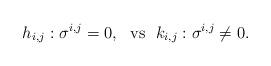
LaTeX: \begin{align*}h_{i, j}:\sigma^{i,j}=0, \ \mbox{ vs } \ k_{i, j}:\sigma^{i,j}\neq 0.\end{align*}